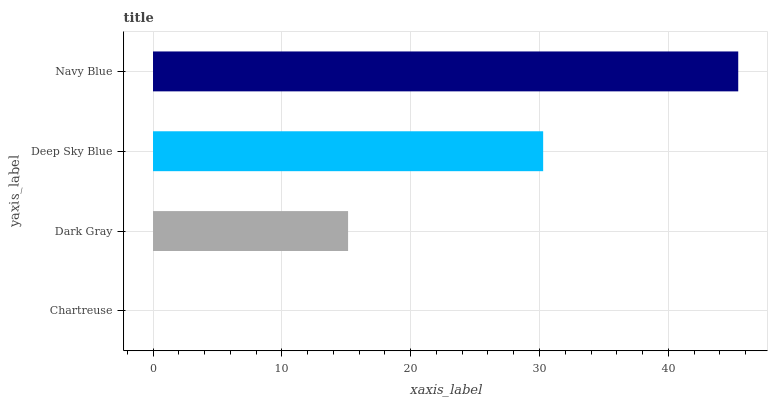
| yaxis_label | bars |
 | --- | --- |
 | Chartreuse | 0 |
 | Dark Gray | 15.1 |
 | Deep Sky Blue | 30.3 |
 | Navy Blue | 45.4 |